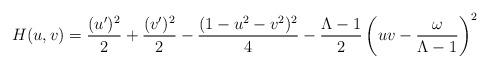
LaTeX: \begin{align*} H(u,v)=\frac{(u')^2}{2}+\frac{(v')^2}{2}-\frac{(1-u^2-v^2)^2}{4}-\frac{\Lambda-1}{2}\left(uv-\frac{\omega}{\Lambda-1} \right)^2\end{align*}